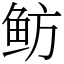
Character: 鲂